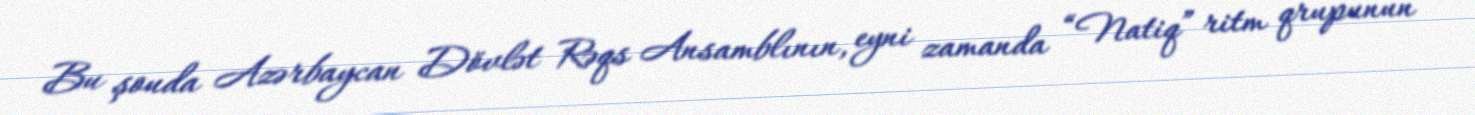
Bu şouda Azərbaycan Dövlət Rəqs Ansamblının, eyni zamanda “Natiq” ritm qrupunun